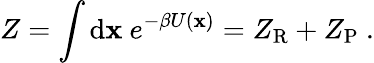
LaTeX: Z=\int\mathrm{d}\mathbf{x}\ e^{-\beta U(\mathbf{x})}=Z_{\mathrm{R}}+Z_{\mathrm{P}}\ .